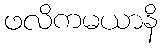
ဖလိကမယာနိ